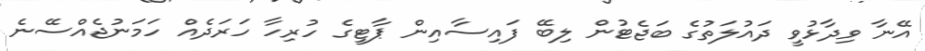
އޭނާ ވިދާޅުވީ ދައުލަތުގެ ބަޖެޓުން ލިބޭ ފައިސާއިން ޕާޓީގެ ހުރިހާ ހަރަދެއް ހަމަނުޖެއްސޭނެ